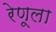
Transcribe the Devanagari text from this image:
रेणूला